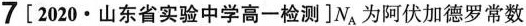
7[2020·山东省实验中学高一检测]N_{A}为阿伏加德罗常数